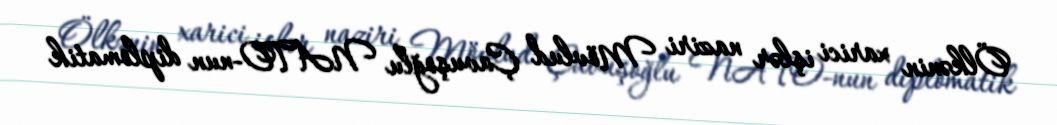
Ölkənin xarici işlər naziri Mövlud Çavuşoğlu NATO-nun diplomatik